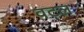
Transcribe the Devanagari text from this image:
वटल